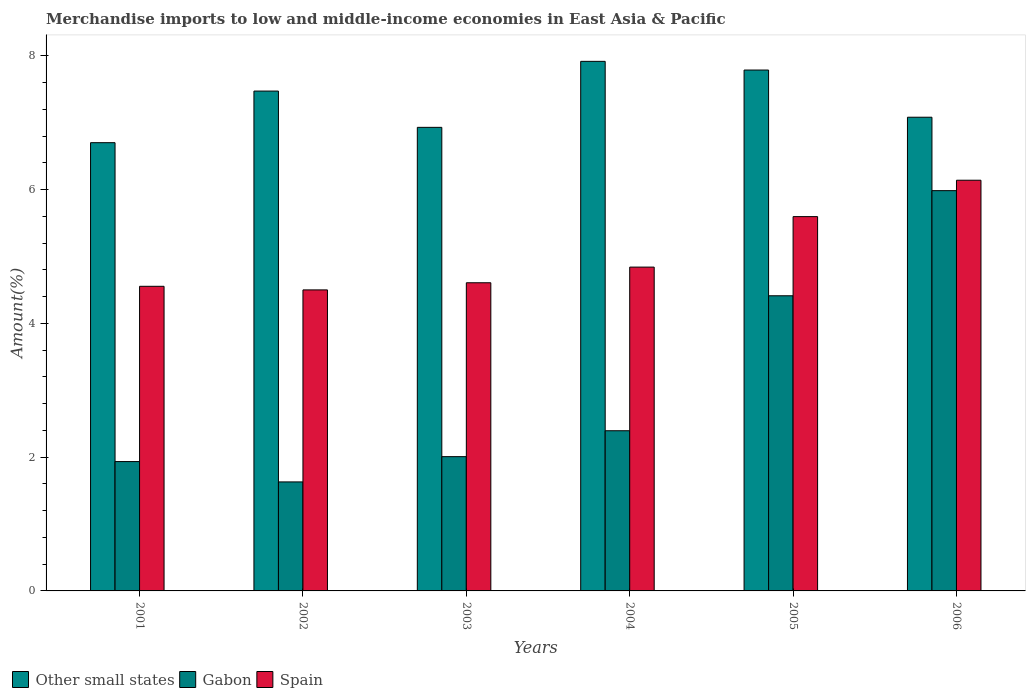
| Years | Other small states | Gabon | Spain |
 | --- | --- | --- | --- |
 | 2001 | 6.7 | 1.93 | 4.55 |
 | 2002 | 7.47 | 1.63 | 4.5 |
 | 2003 | 6.93 | 2.01 | 4.61 |
 | 2004 | 7.92 | 2.39 | 4.84 |
 | 2005 | 7.79 | 4.41 | 5.6 |
 | 2006 | 7.08 | 5.99 | 6.14 |